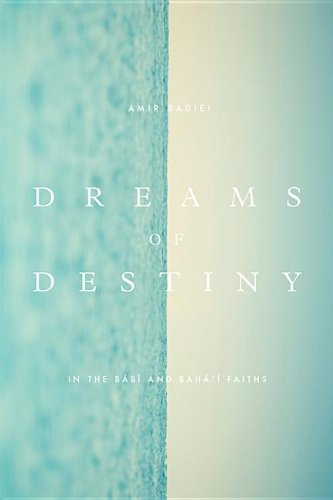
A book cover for Dreams of Destiny in the Babi and Bahai Faiths; Amir Badiei; Religion & Spirituality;